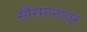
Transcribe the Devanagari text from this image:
सौरमानावर